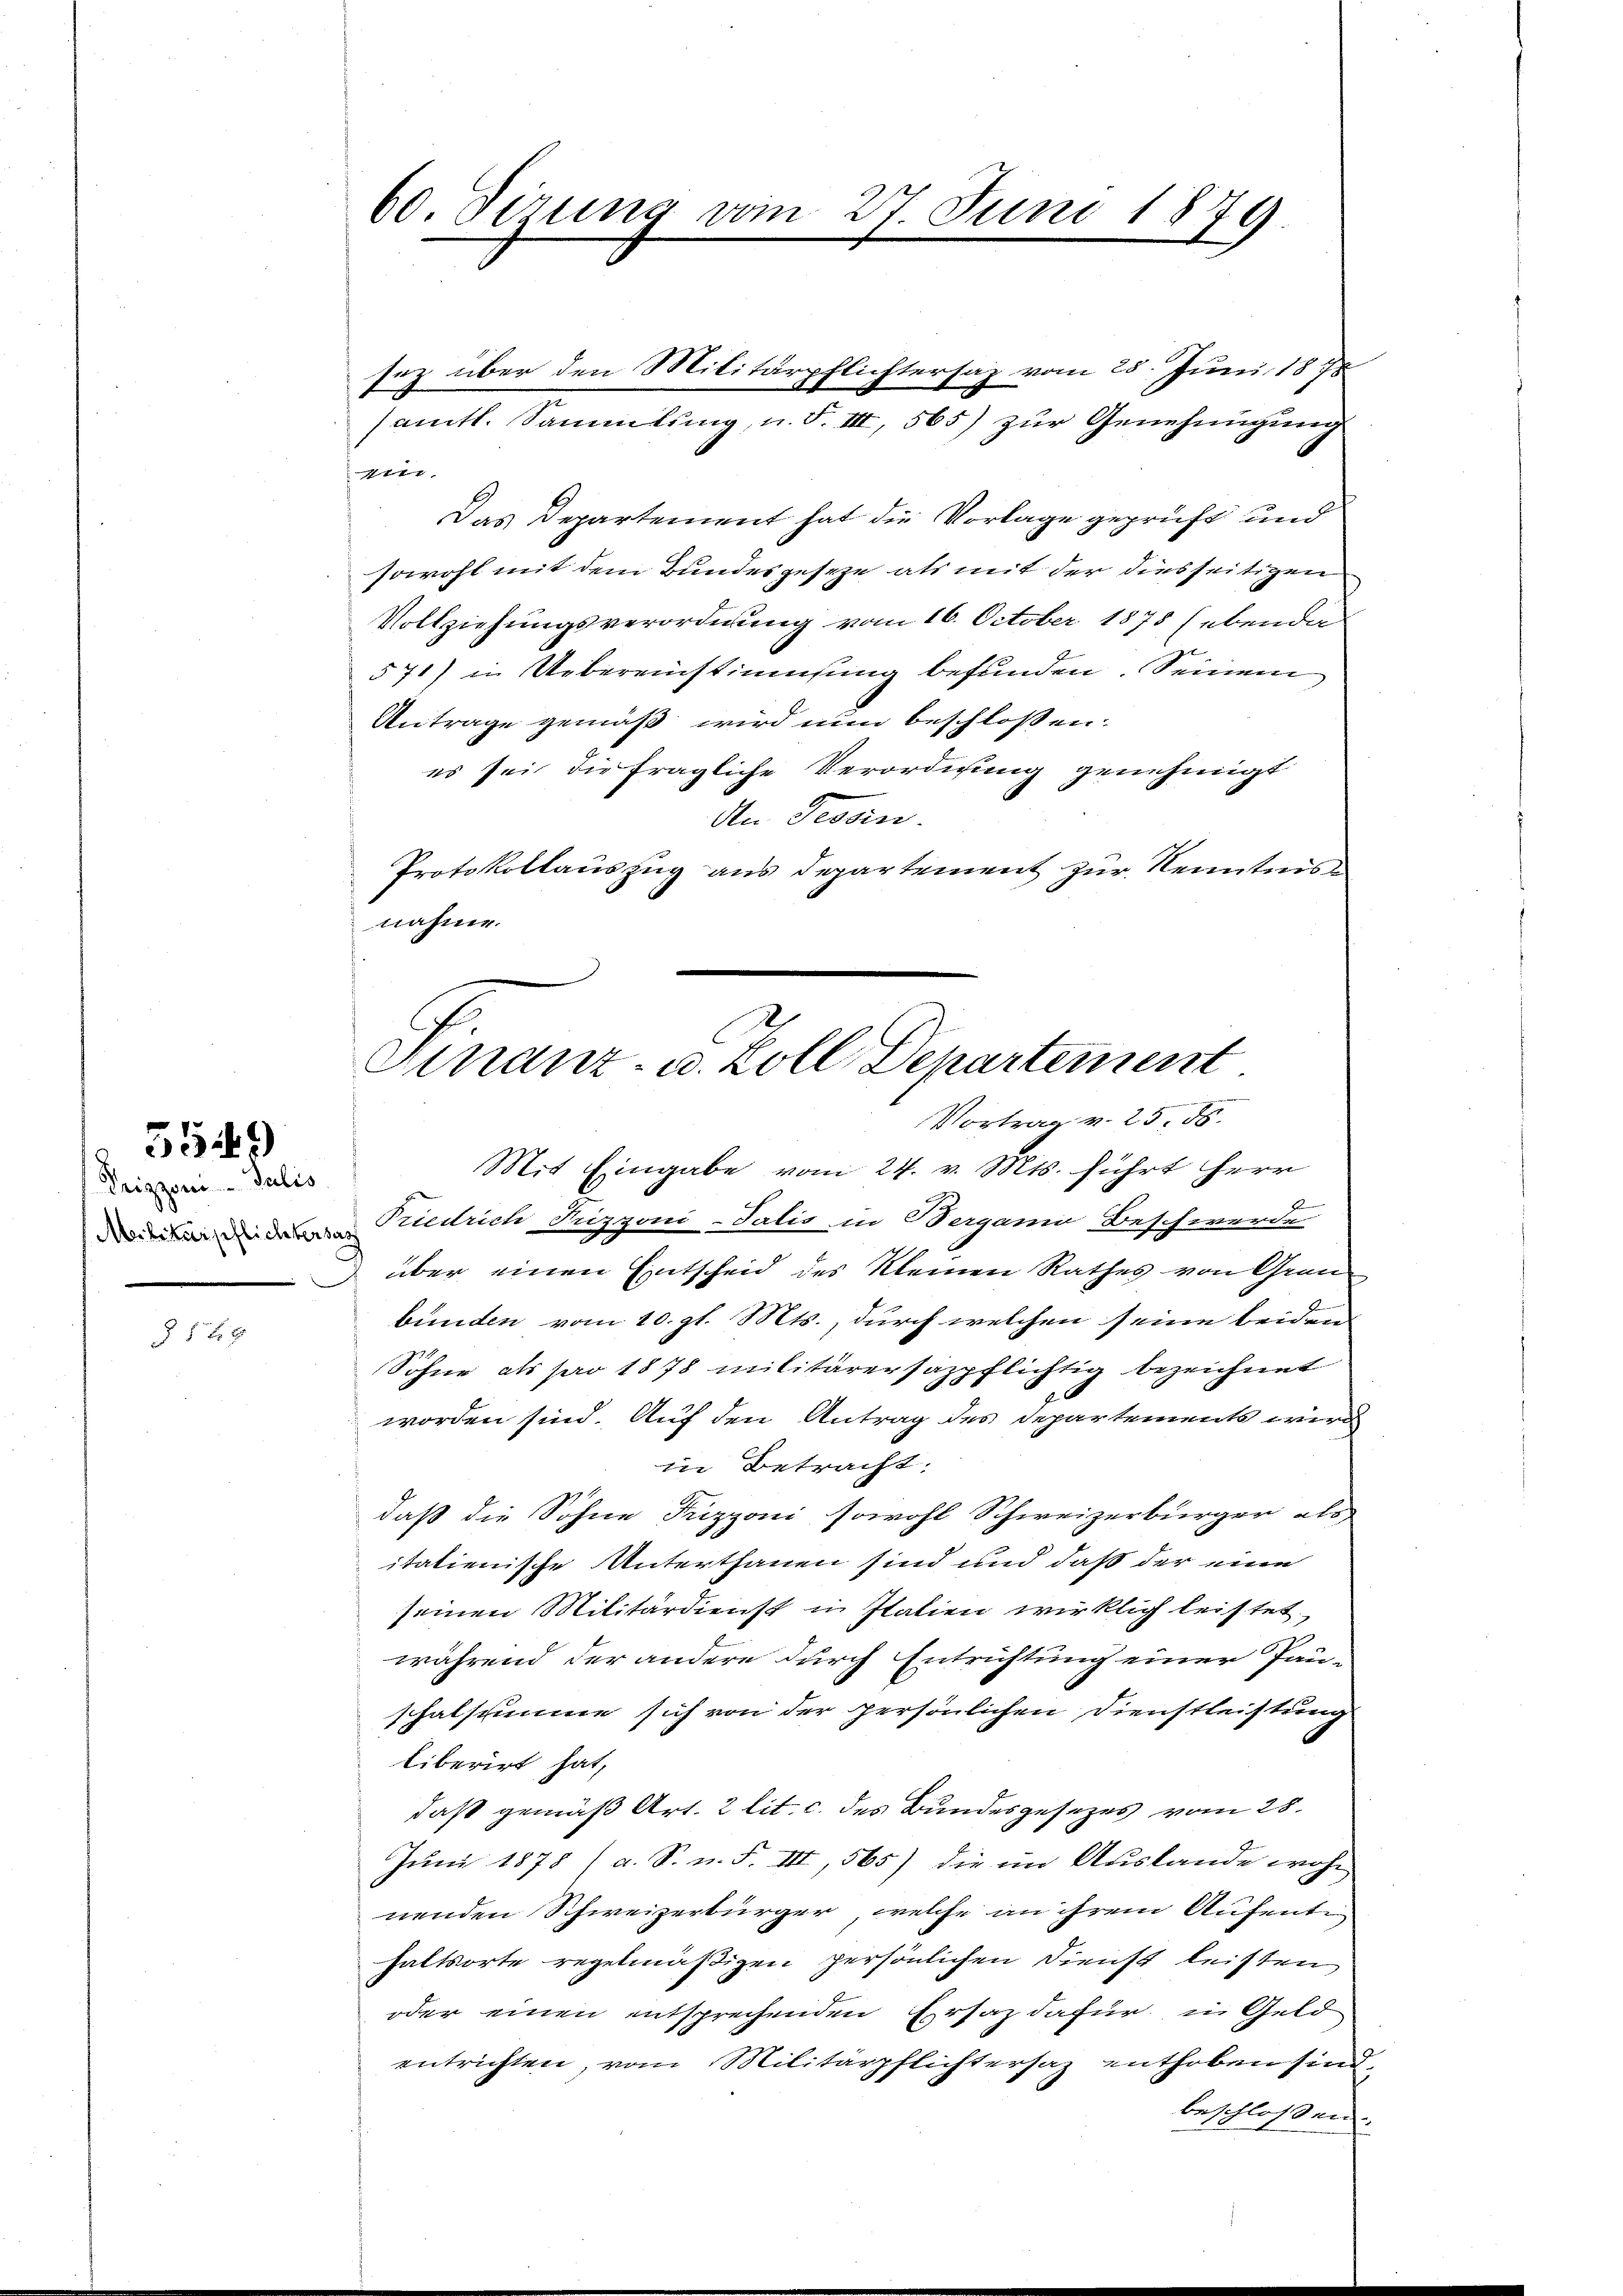
5549

Prizzon- Julis
Militärpflichtersas

§ 1 f 2

sämtl. Sammlung, u. F. III, 565) zur Genehmigung
t
Das Departement hat die Vorlage geprüft und
sowohl mit dem Bundesgeseze als mit der diesseitigen
Vollziehungsverordnung vom 16. October 1875 (ebende
571) in Uebereinstimmung befunden. Seinem
Antrage gemäß wird nun beschlossen:
es sei die fragliche Verordnung genehmigt
An Tessin.
Protokollauszug aus Departement zur Kenntnisnahme.

60. Sizung vom 27. Juni 1879

sez über den Militärpflichtersaz vom 25. Juni 1878

Finanz- u. Zoll Departement
Vortrag v. 25. 56.

Mit Eingabe vom 24. v. Mts. führt herr
S
Triedrich Frizzoni-Salis in Berganio Beschwerde
über einen Entscheid des kleinen Rathes von Grun
2
bünden vom 10. gl. Mts., durch welchen seine beiden
Söhne als pro 1878 militärersazpflichtig bezeichnet
worden sind. Auf den Antrag des Departements wird
in Betracht:
daß die Söhne Frizzoni sowohl Schweizerbürger als
itatienische Unterthanen sind und daß der eine
seinen Militärdienst in Italien wirklich leistet,
während der andere durch Entrichtung einer Pau-
schalstimme sich von der persönlichen Dienstleistung
liberirt hat,
daß gemäß Art. 2 lit. c. des Bundesgesezes vom 28.
Juni 1878 (a. S. n. F. III, 565) die im Auslande wohn
nenden Schweizerbürger, welche an ihrem Aufenti
haltsorte regelmäßigen persönlichen Dienst leisten
oder einen entsprechenden Ersaz dafür, in Geld
entrichten, vom Militärpflichtersaz enthoben sind,
beschlossen